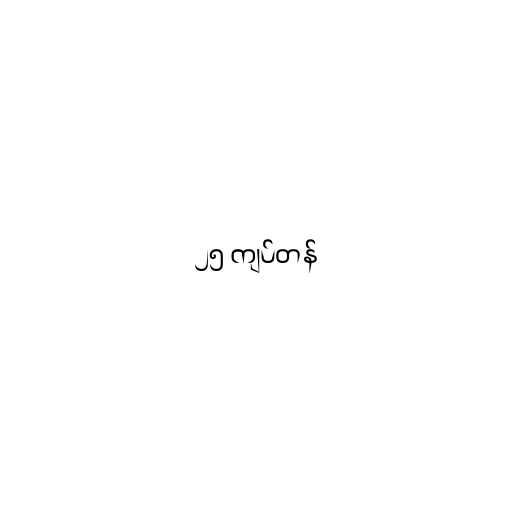
၂၅ ကျပ်တန်